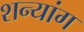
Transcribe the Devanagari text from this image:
शन्यांग